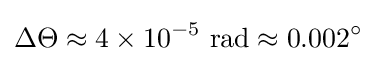
\Delta \Theta \approx 4\times 10^{-5}{\text{ rad}}\approx 0.002^{\circ }